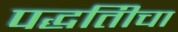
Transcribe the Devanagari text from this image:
पद्धतिीचा